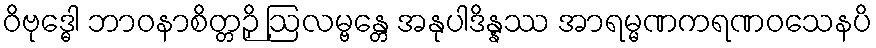
ဝိဗုဒ္ဓေါ ဘာဝနာစိတ္တဉှိ ဩလမ္ဗန္တေ အနုပါဒိန္နဿ အာရမ္မဏကရဏဝသေနပိ